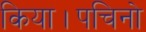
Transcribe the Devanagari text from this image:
किया।पचिनो